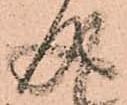
成